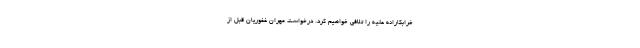
خرابکارانه علیه را تلافی خواهیم کرد. درخواست مهران غفوریان قبل از